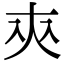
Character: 㚒